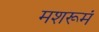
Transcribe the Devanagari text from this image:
मशरूमं